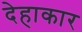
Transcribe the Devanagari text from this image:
देहाकार